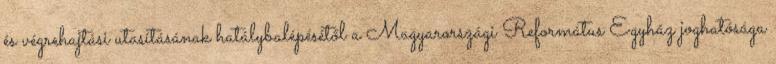
és végrehajtási utasításának hatálybalépésétől a Magyarországi Református Egyház joghatósága